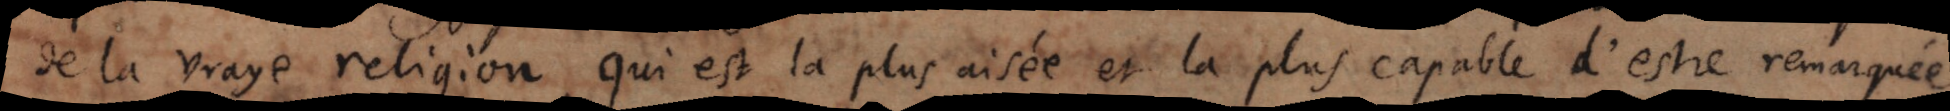
de la vraye religion, qui est la plus aisée et la plus capable d’estre remarquée